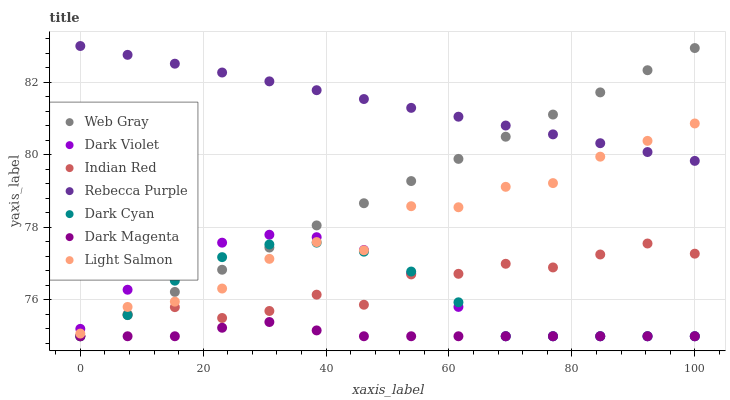
| xaxis_label | Web Gray | Dark Violet | Indian Red | Rebecca Purple | Dark Cyan | Dark Magenta | Light Salmon |
 | --- | --- | --- | --- | --- | --- | --- | --- |
 | 0 | 75 | 75.2 | 75 | 83 | 75 | 75 | 75.1 |
 | 7.69 | 75.6 | 76.3 | 75.6 | 82.8 | 75.6 | 75 | 75.8 |
 | 15.4 | 76.2 | 77.1 | 75.8 | 82.5 | 76.5 | 75 | 76 |
 | 23.1 | 76.8 | 77.6 | 75.5 | 82.3 | 77.2 | 75.2 | 76.3 |
 | 30.8 | 77.4 | 77.8 | 75.7 | 82 | 77.5 | 75.4 | 77.1 |
 | 38.5 | 78.1 | 77.7 | 76.1 | 81.8 | 77.6 | 75.2 | 77.6 |
 | 46.2 | 78.7 | 77.4 | 75.9 | 81.5 | 77.3 | 75 | 77.4 |
 | 53.8 | 79.3 | 76.7 | 76.7 | 81.3 | 76.8 | 75 | 78.6 |
 | 61.5 | 79.9 | 75.8 | 76.7 | 81.1 | 75.9 | 75 | 78.6 |
 | 69.2 | 80.5 | 75 | 77 | 80.8 | 75 | 75 | 79.1 |
 | 76.9 | 81.1 | 75 | 76.9 | 80.6 | 75 | 75 | 79.2 |
 | 84.6 | 81.7 | 75 | 77.3 | 80.3 | 75 | 75 | 79.9 |
 | 92.3 | 82.3 | 75 | 77.6 | 80.1 | 75 | 75 | 80.4 |
 | 100 | 82.9 | 75 | 77.3 | 79.8 | 75 | 75 | 80.9 |